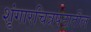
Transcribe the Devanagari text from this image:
शृंगारचित्रपटातील